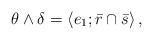
LaTeX: \begin{align*}\theta\wedge\delta=\left\langle e_{1};\bar{r}\cap\bar{s}\right\rangle ,\end{align*}